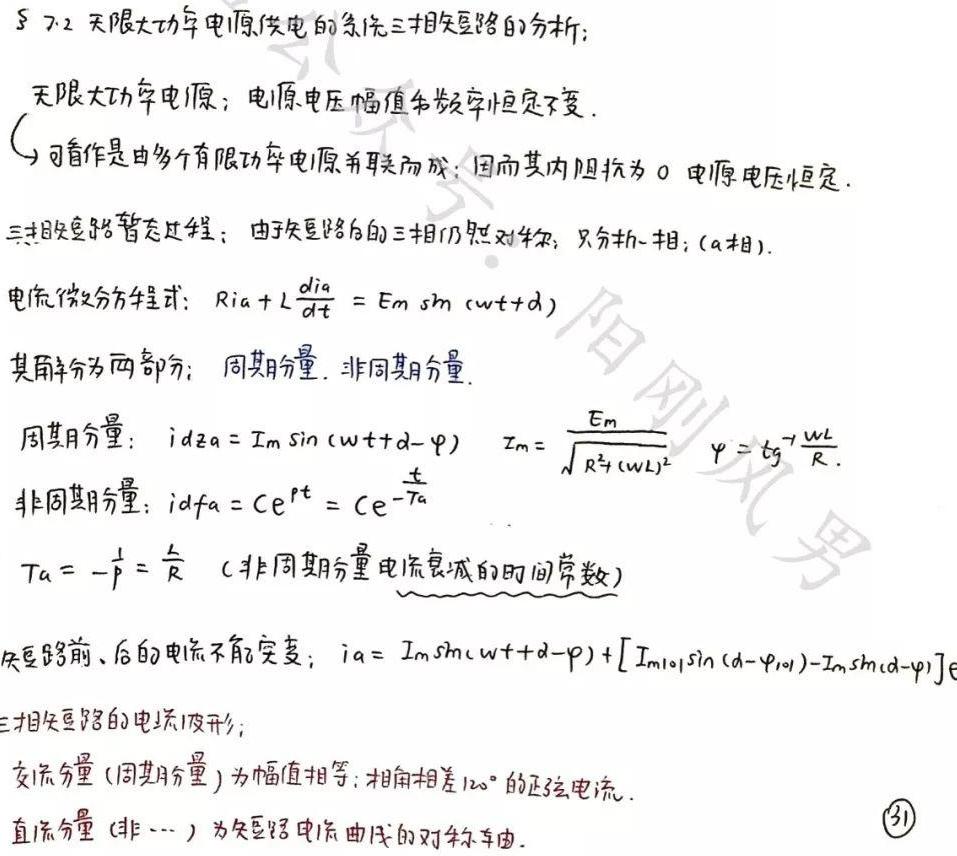
$\S$ 7.2 无限大功率电源供电的系统三相短路的分析：

无限大功率电源：电源电压幅值和频率恒定不变。
可看作是由多个有限功率电源并联而成；因而其内阻抗为 0 电源电压恒定。

三相短路暂态过程：由于短路后的三相仍然对称，只分析一相；(a 相)。

电流微分方程式：$R i_{a}+L \frac{d i_{a}}{d t}=E_{m} \sin (\omega t+\alpha)$

其解分为两部分：周期分量，非周期分量。

周期分量：$i_{d z a}=I_{m} \sin (\omega t+\alpha-\varphi) \quad I_{m}=\frac{E_{m}}{\sqrt{R^{2}+(\omega L)^{2}}} \quad \varphi=\operatorname{tg}^{-1} \frac{\omega L}{R}$

非周期分量：$i_{d f a}=C e^{p t}=C e^{-\frac{t}{T_{a}}}$

$T_{a}=-\frac{1}{p}=\frac{L}{R}$ (非周期分量电流衰减的时间常数)

短路前、后的电流不能突变：$i_{a}=I_{m} \sin (\omega t+\alpha-\varphi)+\left[I_{m \mid 0 \mid} \sin (\alpha-\varphi_{\mid 0 \mid})-I_{m} \sin (\alpha-\varphi)\right] e$

三相短路的电流波形：

交流分量(周期分量)为幅值相等，相角相差$120^{\circ}$的正弦电流。

直流分量(非$\cdots$) 为短路电流曲线的对称轴。